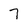
Character: 7